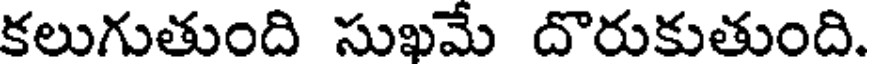
కలుగుతుంది సుఖమే దొరుకుతుంది.